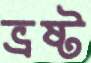
ভ্রষ্ট